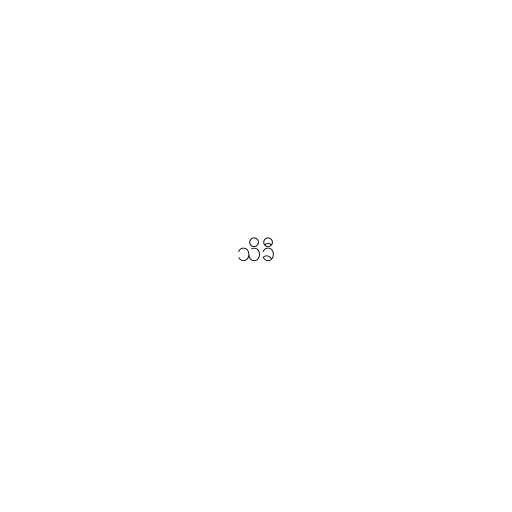
သိခီ